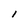
Character: 1